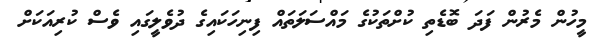
މީހުން މެރުން ފަދަ ބޮޑެތި ކުށްތަކުގެ މައްސަލަތައް ފިނިހަކައިގެ ދުވެލީގައި ވެސް ކުރިއަކަށް